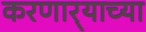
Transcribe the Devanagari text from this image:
करणार्‍याच्या